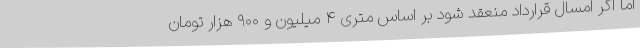
اما اگر امسال قرارداد منعقد شود بر اساس متری ۴ میلیون و ۹۰۰ هزار تومان